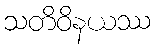
သတိဝိနယဿ